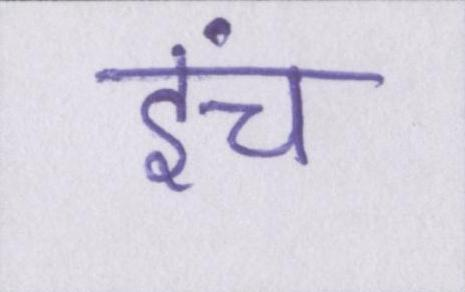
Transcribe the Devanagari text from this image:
इंच